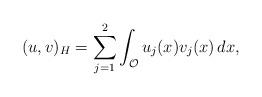
LaTeX: \begin{align*}(u,v)_H=\sum_{j=1}^{2}\int_{\mathcal{O}}u_{j}(x)v_{j}(x)\,{d}x,\end{align*}